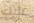
عليك